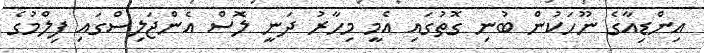
އިންޑިއާގެ ނޫހަކުން ބުނި ގޮތުގައި އެމީ މިހާރު ދަނީ ލޮސް އެންޖަލިސްގައި ފިލްމުގެ